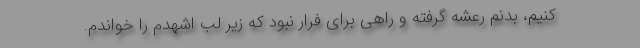
کنیم، بدنم رعشه گرفته و راهی برای فرار نبود که زیر لب اشهدم را خواندم.